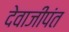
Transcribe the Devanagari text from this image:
देवाजीपंत